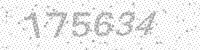
Solution: 175634